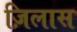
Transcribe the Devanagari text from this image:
ज़िलास